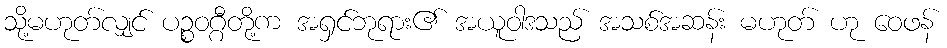
သို့မဟုတ်လျှင် ပဉ္စဝဂ္ဂီတို့က အရှင်ဘုရား၏ အယူဝါဒသည် အသစ်အဆန်း မဟုတ် ဟု ဝေဖန်